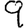
Digit: 9